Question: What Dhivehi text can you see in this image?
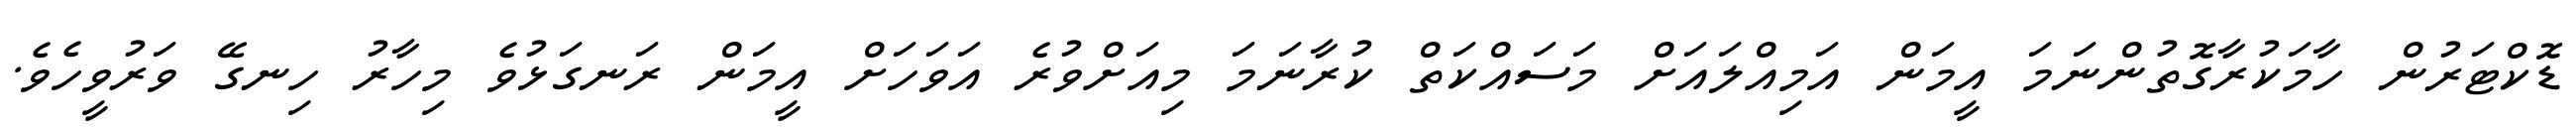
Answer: ޑޮކްޓަރުން ހާމަކުރާގޮތުންނަމަ އީމަން އަމިއްލައަށް މަސައްކަތް ކުރާނަމަ މިއަށްވުރެ އަވަހަށް އީމަން ރަނގަޅުވެ މިހާރު ހިނގޭ ވަރުވީހެވެ.